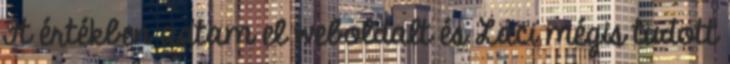
Ft értékben adtam el weboldalt és Laci mégis tudott